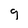
Character: g